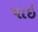
પાઇ